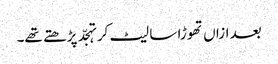
بعد ازاں تھوڑا سا لیٹ کر تہجّد پڑھتے تھے۔